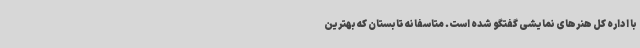
با اداره کل هنرهای نمایشی گفتگو شده است. متاسفانه تابستان که بهترین